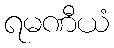
ရမဏီယံ